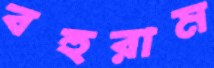
বহুরাম